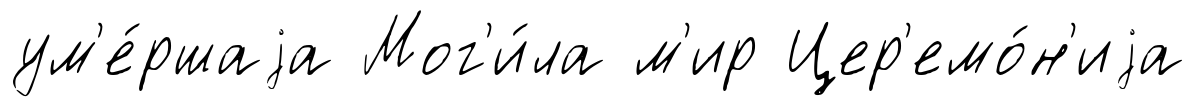
ум'е́ршаjа Мог'и́ла м'ир Цер'емо́н'иjа